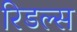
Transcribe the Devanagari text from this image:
रिडल्स